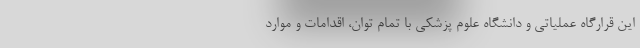
این قرارگاه عملیاتی و دانشگاه علوم پزشکی با تمام توان، اقدامات و موارد